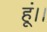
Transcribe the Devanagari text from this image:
हूं।।